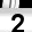
Digit: 2